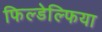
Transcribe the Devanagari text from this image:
फिल्डेल्फिया